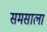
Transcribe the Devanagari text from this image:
समसाला